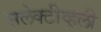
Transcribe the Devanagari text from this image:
सलेक्टीव्हली